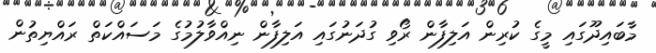
މާބައިދޫގައި މީގެ ކުރިން އަލިފާން ރޯވި ގުދަނުގައި އަލިފާން ނިއްވާލުމުގެ މަސައްކަތް ރައްޔިތުން